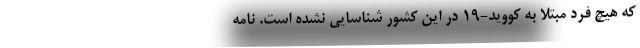
که هیچ فرد مبتلا به کووید-۱۹ در این کشور شناسایی نشده است. نامه‌